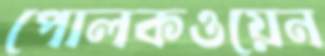
পোলকওয়েন